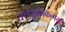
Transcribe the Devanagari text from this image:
यथापूर्वमकल्पयत्